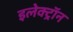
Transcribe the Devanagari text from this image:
इलेक्ट्राॅन